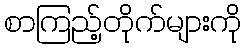
စာကြည့်တိုက်များကို